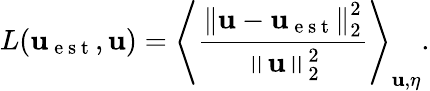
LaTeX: L(\mathbf{u}_{\mathrm{~e~s~t~}},\mathbf{u})=\left\langle\frac{\left\Vert\mathbf{u}-\mathbf{u}_{\mathrm{~e~s~t~}}\right\Vert_{2}^{2}}{\left\Vert\mathbf{u}\right\Vert_{2}^{2}}\right\rangle_{\mathbf{u},\eta}.